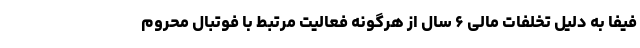
فیفا به دلیل تخلفات مالی ۶ سال از هرگونه فعالیت مرتبط با فوتبال محروم